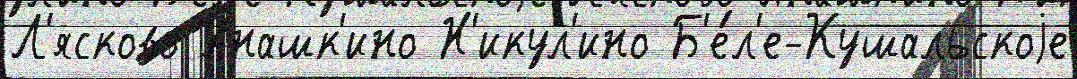
Л'ясково Анашк'ино Н'икул'ино Б'е́л'е-Кушальскоjе